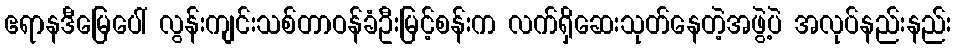
ဧရာနဒီမြေပေါ် လွန်းကျင်းသစ်တာဝန်ခံဦးမြင့်စန်းက လက်ရှိဆေးသုတ်နေတဲ့အဖွဲ့ပဲ အလုပ်နည်းနည်း